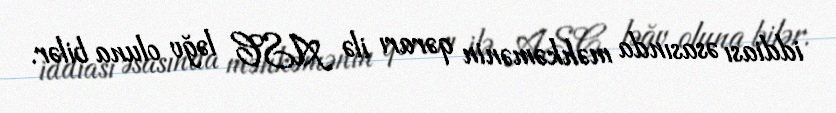
iddiası əsasında məhkəmənin qərarı ilə ASC ləğv oluna bilər.